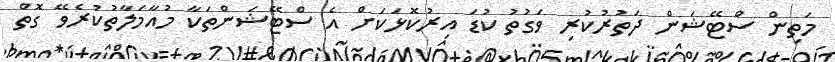
މަތިން ސްޓޭޝަން ދަތުރުކުރި ވަގުތު ކުޑަ އިރުކޮޅަކަށް އެ ސްޓޭޝަންތަކާ މުއާމަލާތުކުރެވޭ ގޮތް